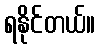
ရနိုင်တယ်။